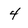
Character: 4